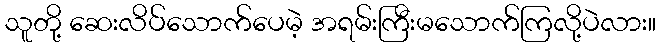
သူတို့ ဆေးလိပ်သောက်ပေမဲ့ အရမ်းကြီးမသောက်ကြလို့ပဲလား။